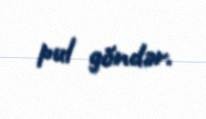
pul göndər.